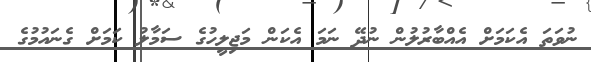
ނުވަތަ އެކަމަށް އެއްބާރުލުން ނުދޭ ނަމަ އެކަން މަޖިލީހުގެ ސަމާލު ކަމަށް ގެނައުމުގެ